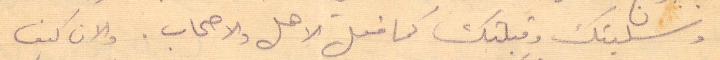
وسليتك وقبلتك كما فعل الاهل والاصحاب. والان كيف